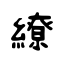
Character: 繚